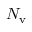
N _ { \mathrm { v } }